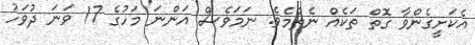
އެކަށީގެންވާ ގޮތް ތަކެއް ނެތުމެވެ. ނަމަވެސް އަންނަ މަހުގެ 17 ވަނަ ދުވަހު